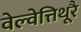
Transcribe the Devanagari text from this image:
वेल्वेत्तिथूरै